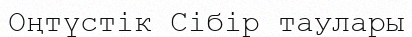
Оңтүстік Сібір таулары